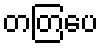
တတြပေ